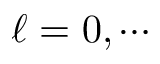
\ell = 0 , \cdots